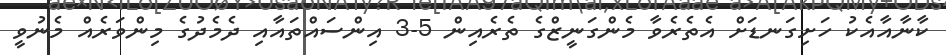
ކާނާއާއެކު ހަށިގަނޑަށް އެތެރެވާ މެންގަނީޒްގެ ތެރެއިން 5-3 އިންސައްތައާއި ދެމެދުގެ މިންވަރެއް މެނުވީ